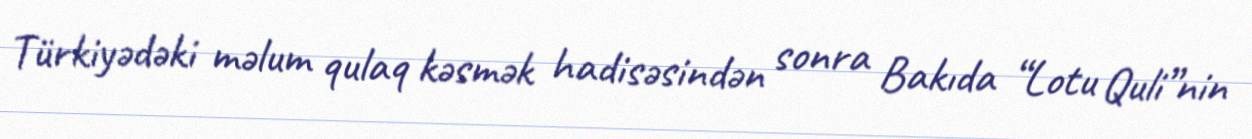
Türkiyədəki məlum qulaq kəsmək hadisəsindən sonra Bakıda “Lotu Quli”nin